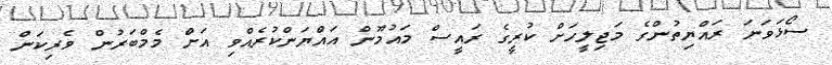
ސޯޅަވަނަ ރައްޔިތުންގެ މަޖިލީހަށް ކުރީގެ ރައީސް މައުމޫން އައްޔަންކުރެއްވި އަށް މެމްބަރުން ވެރިކަން